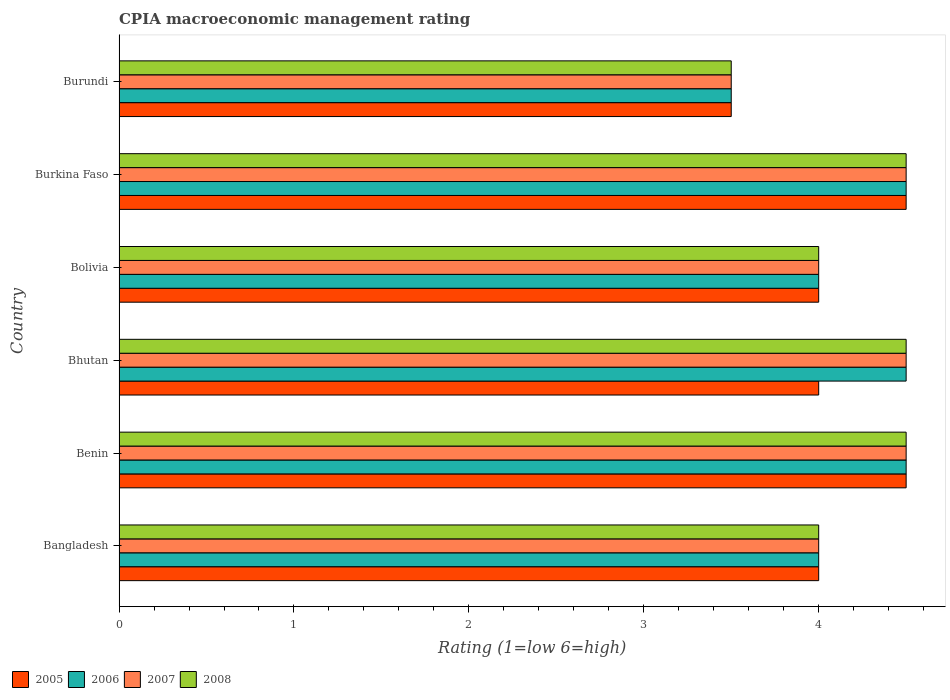
| Country | 2005 | 2006 | 2007 | 2008 |
 | --- | --- | --- | --- | --- |
 | Bangladesh | 4 | 4 | 4 | 4 |
 | Benin | 4.5 | 4.5 | 4.5 | 4.5 |
 | Bhutan | 4 | 4.5 | 4.5 | 4.5 |
 | Bolivia | 4 | 4 | 4 | 4 |
 | Burkina Faso | 4.5 | 4.5 | 4.5 | 4.5 |
 | Burundi | 3.5 | 3.5 | 3.5 | 3.5 |